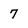
Character: 7